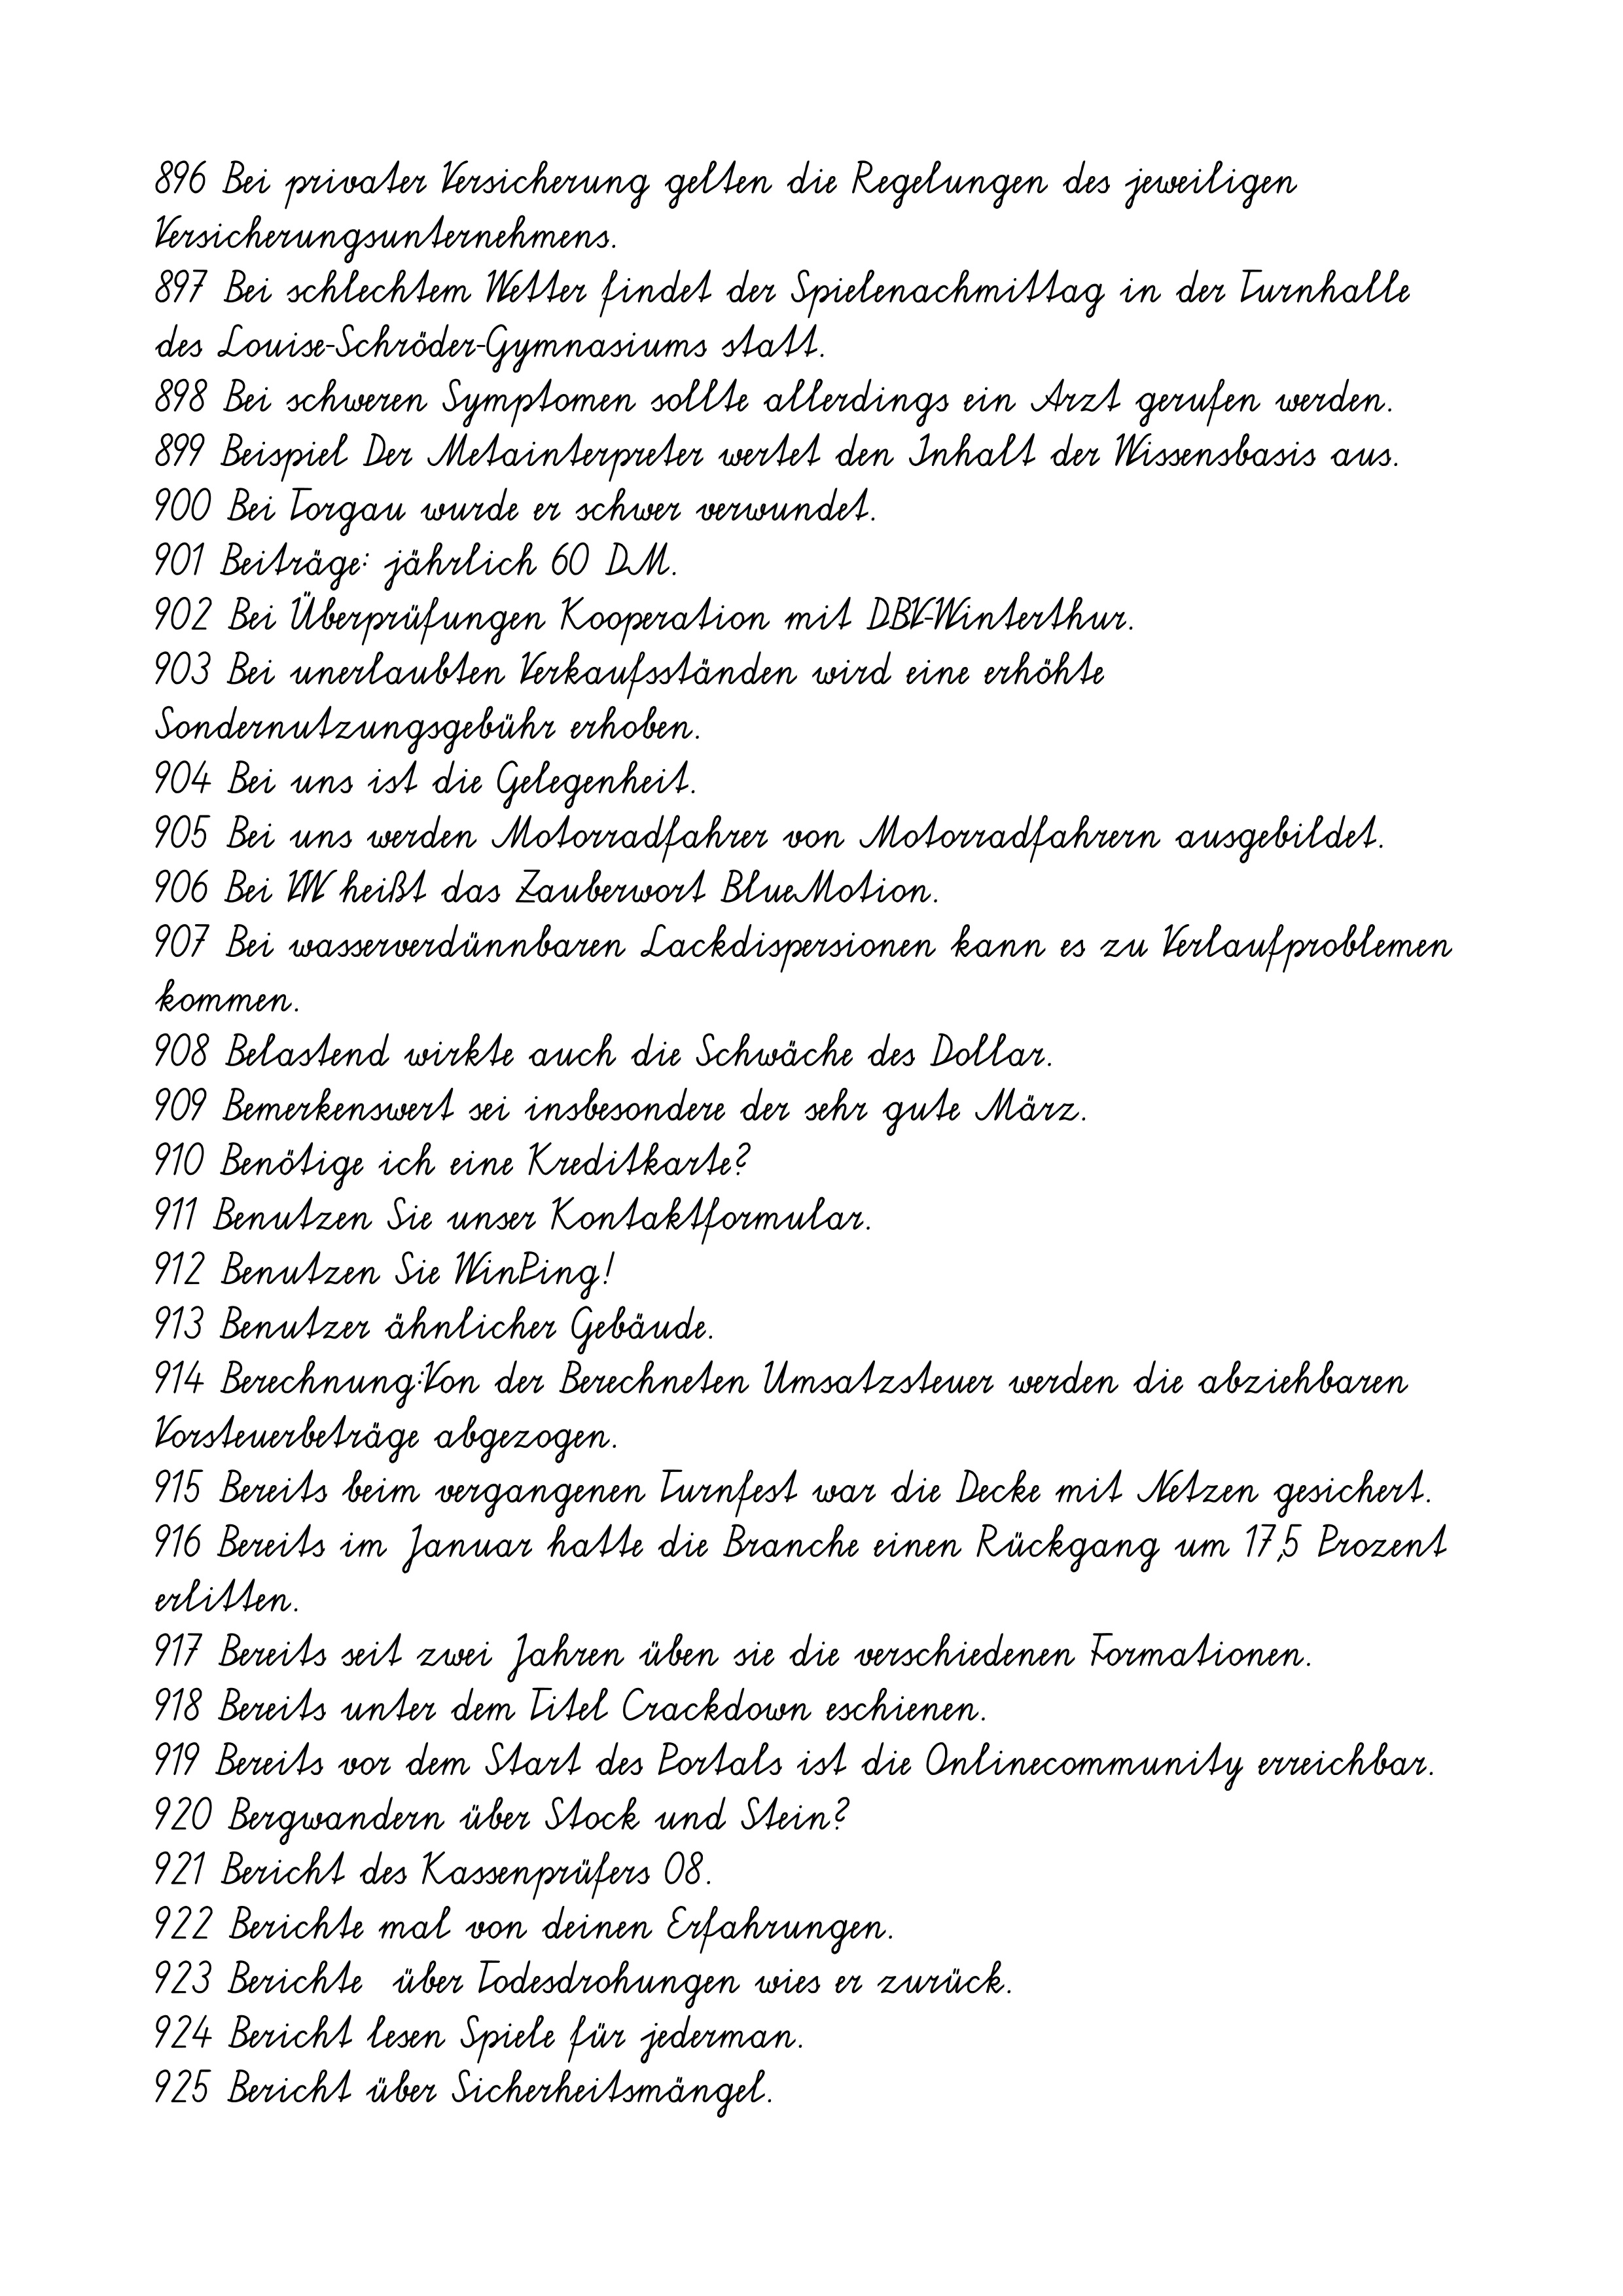
896 Bei privater Versicherung gelten die Regelungen des jeweiligen
Versicherungsunternehmens.
897 Bei schlechtem Wetter findet der Spielenachmittag in der Turnhalle
des Louise-Schröder-Gymnasiums statt.
898 Bei schweren Symptomen sollte allerdings ein Arzt gerufen werden.
899 Beispiel Der Metainterpreter wertet den Inhalt der Wissensbasis aus.
900 Bei Torgau wurde er schwer verwundet.
901 Beiträge: jährlich 60 DM.
902 Bei Überprüfungen Kooperation mit DBV-Winterthur.
903 Bei unerlaubten Verkaufsständen wird eine erhöhte
Sondernutzungsgebühr erhoben.
904 Bei uns ist die Gelegenheit.
905 Bei uns werden Motorradfahrer von Motorradfahrern ausgebildet.
906 Bei VW heißt das Zauberwort BlueMotion.
907 Bei wasserverdünnbaren Lackdispersionen kann es zu Verlaufproblemen
kommen.
908 Belastend wirkte auch die Schwäche des Dollar.
909 Bemerkenswert sei insbesondere der sehr gute März.
910 Benötige ich eine Kreditkarte?
911 Benutzen Sie unser Kontaktformular.
912 Benutzen Sie WinPing!
913 Benutzer ähnlicher Gebäude.
914 Berechnung:Von der Berechneten Umsatzsteuer werden die abziehbaren
Vorsteuerbeträge abgezogen.
915 Bereits beim vergangenen Turnfest war die Decke mit Netzen gesichert.
916 Bereits im Januar hatte die Branche einen Rückgang um 17,5 Prozent
erlitten.
917 Bereits seit zwei Jahren üben sie die verschiedenen Formationen.
918 Bereits unter dem Titel Crackdown eschienen.
919 Bereits vor dem Start des Portals ist die Onlinecommunity erreichbar.
920 Bergwandern über Stock und Stein?
921 Bericht des Kassenprüfers 08.
922 Berichte mal von deinen Erfahrungen.
923 Berichte  über Todesdrohungen wies er zurück.
924 Bericht lesen Spiele für jederman.
925 Bericht über Sicherheitsmängel.